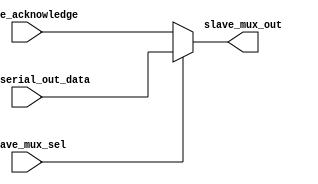
// mux at slave side to control output of slave

module slave_mux(slave_mux_sel, slave_serial_out_data,slave_mux_out, slave_acknowledge);
 input slave_mux_sel, slave_serial_out_data, slave_acknowledge;
output reg slave_mux_out;

always@(slave_mux_sel, slave_acknowledge, slave_serial_out_data)
if(slave_mux_sel)
slave_mux_out = slave_serial_out_data;
else
slave_mux_out = slave_acknowledge;
endmodule